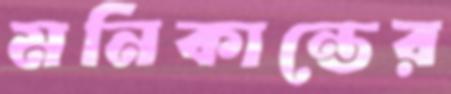
মনিকান্তের